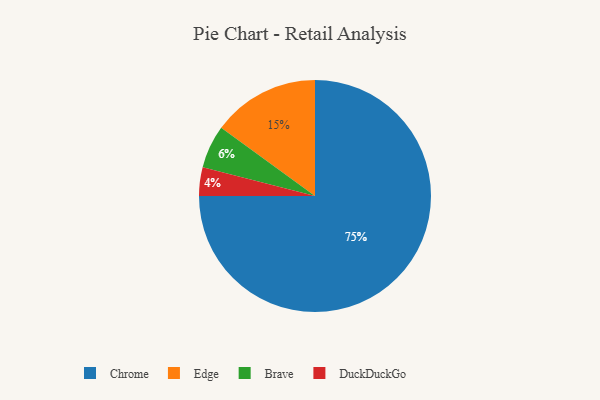
{"axis": {"x": "Category", "y": "Percentage"}, "legend": ["Brave", "Chrome", "DuckDuckGo", "Edge"], "data": [{"x": "Edge", "y": 15, "type": "Edge"}, {"x": "Chrome", "y": 75, "type": "Chrome"}, {"x": "Brave", "y": 6, "type": "Brave"}, {"x": "DuckDuckGo", "y": 4, "type": "DuckDuckGo"}]}